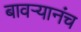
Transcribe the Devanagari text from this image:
बावऱ्यानंच